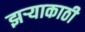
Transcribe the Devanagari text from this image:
झर्‍याकाठी